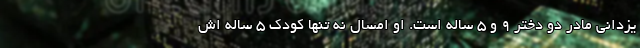
یزدانی مادر دو دختر ۹ و ۵ ساله است. او امسال نه تنها کودک ۵ ساله اش